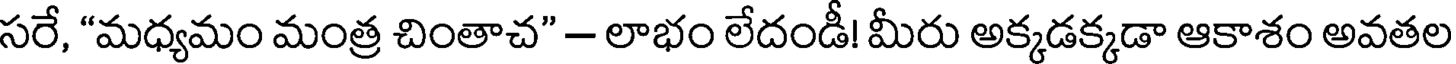
సరే, "మధ్యమం మంత్ర చింతాచ" - లాభం లేదండీ! మీరు అక్కడక్కడా ఆకాశం అవతల